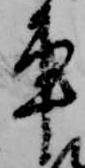
車